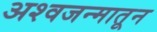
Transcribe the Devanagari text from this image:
अश्वजन्मातून